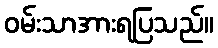
ဝမ်းသာအားရပြသည်။